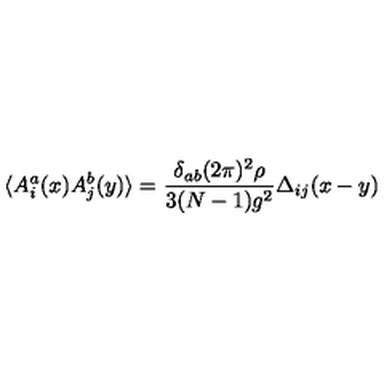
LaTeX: \langle A _ { i } ^ { a } ( x ) A _ { j } ^ { b } ( y ) \rangle = \frac { \delta _ { a b } ( 2 \pi ) ^ { 2 } \rho } { 3 ( N - 1 ) g ^ { 2 } } \Delta _ { i j } ( x - y )